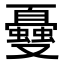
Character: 𠮕